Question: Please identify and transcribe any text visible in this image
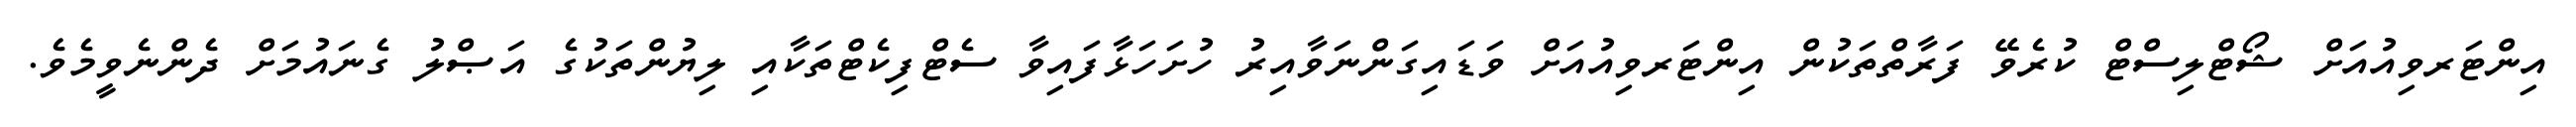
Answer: އިންޓަރވިއުއަށް ޝޯޓްލިސްޓް ކުރެވޭ ފަރާތްތަކުން އިންޓަރވިއުއަށް ވަޑައިގަންނަވާއިރު ހުށަހަޅާފައިވާ ސެޓްފިކެޓްތަކާއި ލިޔުންތަކުގެ އަޞްލު ގެނައުމަށް ދެންނެވީމެވެ.